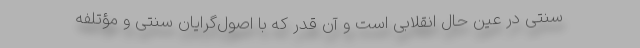
سنتی در عین حال انقلابی است و آن قدر که با اصول‌گرایان سنتی و مؤتلفه